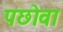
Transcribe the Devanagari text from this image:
पछोवा